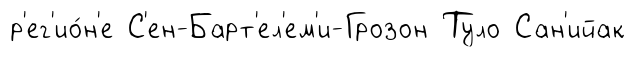
р'ег'ио́н'е С'ен-Барт'ел'ем'и-Грозон Туло Сан'ийак